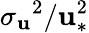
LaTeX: {\sigma_{\mathbf{u}}}^{2}/\mathbf{u}_{*}^{2}